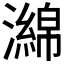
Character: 𤁗